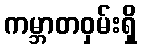
ကမ္ဘာတဝှမ်းရှိ